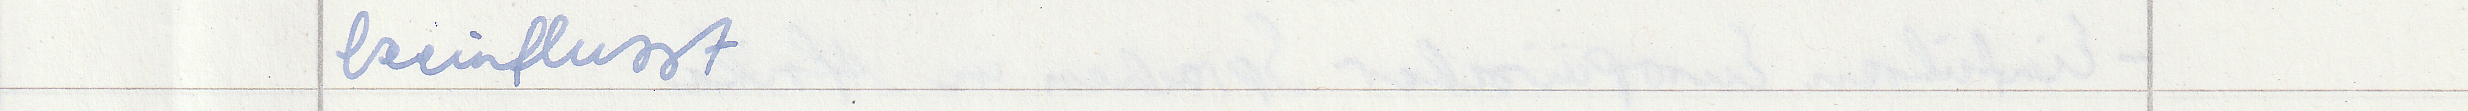
beeinflusst